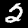
Digit: 2